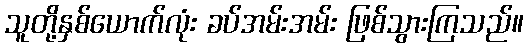
သူတို့နှစ်ယောက်လုံး ခပ်အမ်းအမ်း ဖြစ်သွားကြသည်။